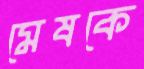
মেষকে